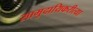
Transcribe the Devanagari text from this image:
सामुदायिकरीत्या